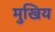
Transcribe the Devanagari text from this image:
मुखिय